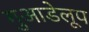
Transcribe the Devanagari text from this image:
गुआडेलूप